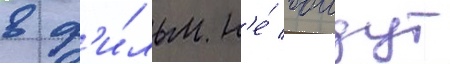
в ф'и́льм н'е́ воидут